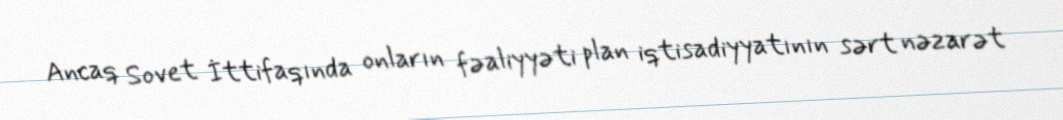
Ancaq Sovet İttifaqında onların fəaliyyəti plan iqtisadiyyatının sərt nəzarət